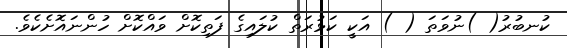
ކުނބުރު( )ނުވަތަ ( ) އަކީ ކަޅުރަތް ކުލައިގެ ފަތިކޮށް ވައްކޮށް ހުންނައޮށެކެވެ.